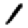
Digit: 1